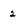
Character: 2